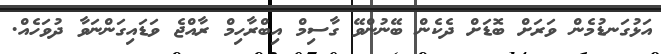
އަޅުގަނޑުމެން ވަރަށް ބޮޑަށް ދެކެން ބޭނުންވޭ ގާސިމް އިބްރާހިމް ރާއްޖެ ވަޑައިގަންނަވާ ދުވަހެއް.